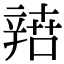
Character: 𨐟